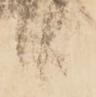
候